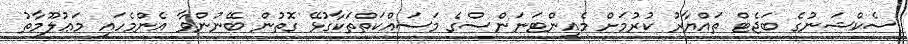
ސެކްޝަނުގެ ބަޖެޓް ތައްޔާރު ކުރުމަށް މެއިންޓަނަންސްގެ މަސައްކަތްތަކާގުޅޭ ގޮތުން ބޭނުންވާ އެންމެހައި މަޢުލޫމާތު